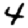
Digit: 4